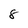
Character: 8